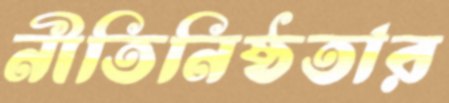
নীতিনিষ্ঠতার